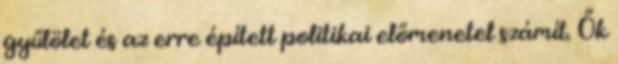
gyűlölet és az erre épített politikai előmenetel számít. Ők